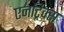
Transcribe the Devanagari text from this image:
एनट्रिक्स